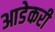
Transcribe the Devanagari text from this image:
आडेकरी